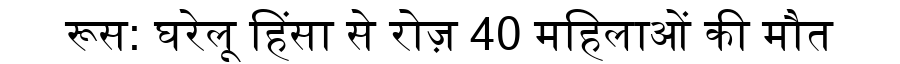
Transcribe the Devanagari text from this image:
रूस: घरेलू हिंसा से रोज़ 40 महिलाओं की मौत